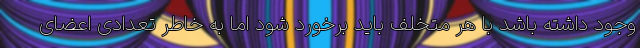
وجود داشته باشد با هر متخلف باید برخورد شود اما به خاطر تعدادی اعضای